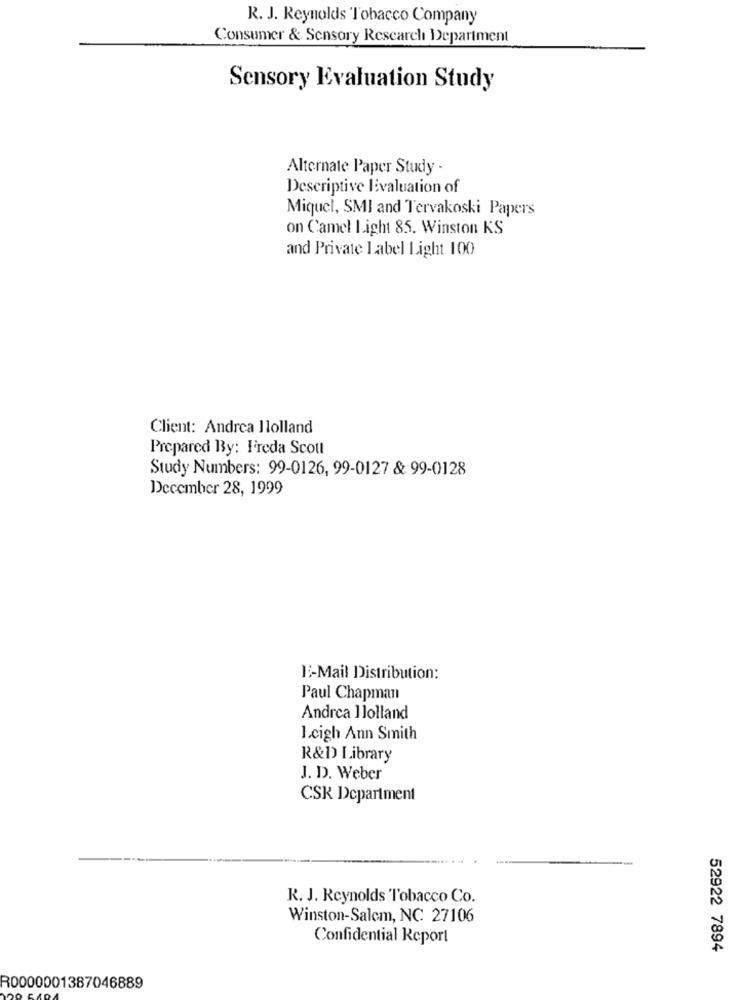
R. J. Reynolds Tobacco Company
Consumer & Sensory Research Department
Sensory Evaluation Study
Alternate Paper Study -
Descriptive Evaluation of
Miquel, SMI and Tervakoski Papers
on Camel Light 85. Winston KS
and Private Label Light 100
Client: Andrea Ilolland
Prepared By: Freda Scott
Study Numbers: 99-0126, 99-0127 & 99-0128
December 28, 1999
:- Mail Distribution:
Paul Chapman
Andrea Ilolland
I.cigh Ann Smith
R&D Library
J. D. Weber
CSK Department
R. J. Reynolds Tobacco Co.
Winston-Salem, NC 27106
Confidential Report
52922 7894
R0000001387046889